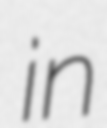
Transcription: in